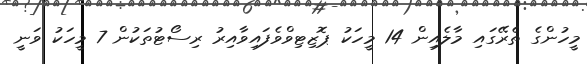
މީހުންގެ ތެރޭގައި މާލެއިން 14 މީހަކު ޕޮޒިޓިވްވެފައިވާއިރު ރިސޯޓުތަކުން 7 މީހަކު ވަނީ